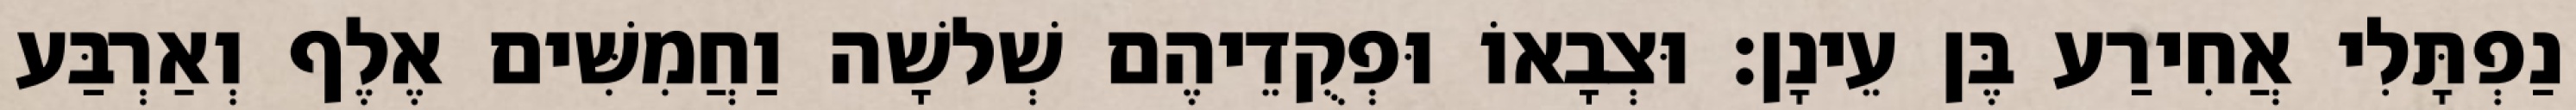
נַפְתָּלִי אֲחִירַע בֶּן עֵינָן׃ וּצְבָאוֹ וּפְקֻדֵיהֶם שְׁלשָׁה וַחֲמִשִּׁים אֶלֶף וְאַרְבַּע